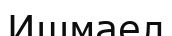
Ишмаел